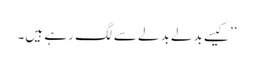
’’کیسے بدلے بدلے سے لگ رہے ہیں۔